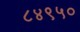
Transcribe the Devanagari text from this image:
८४९५०